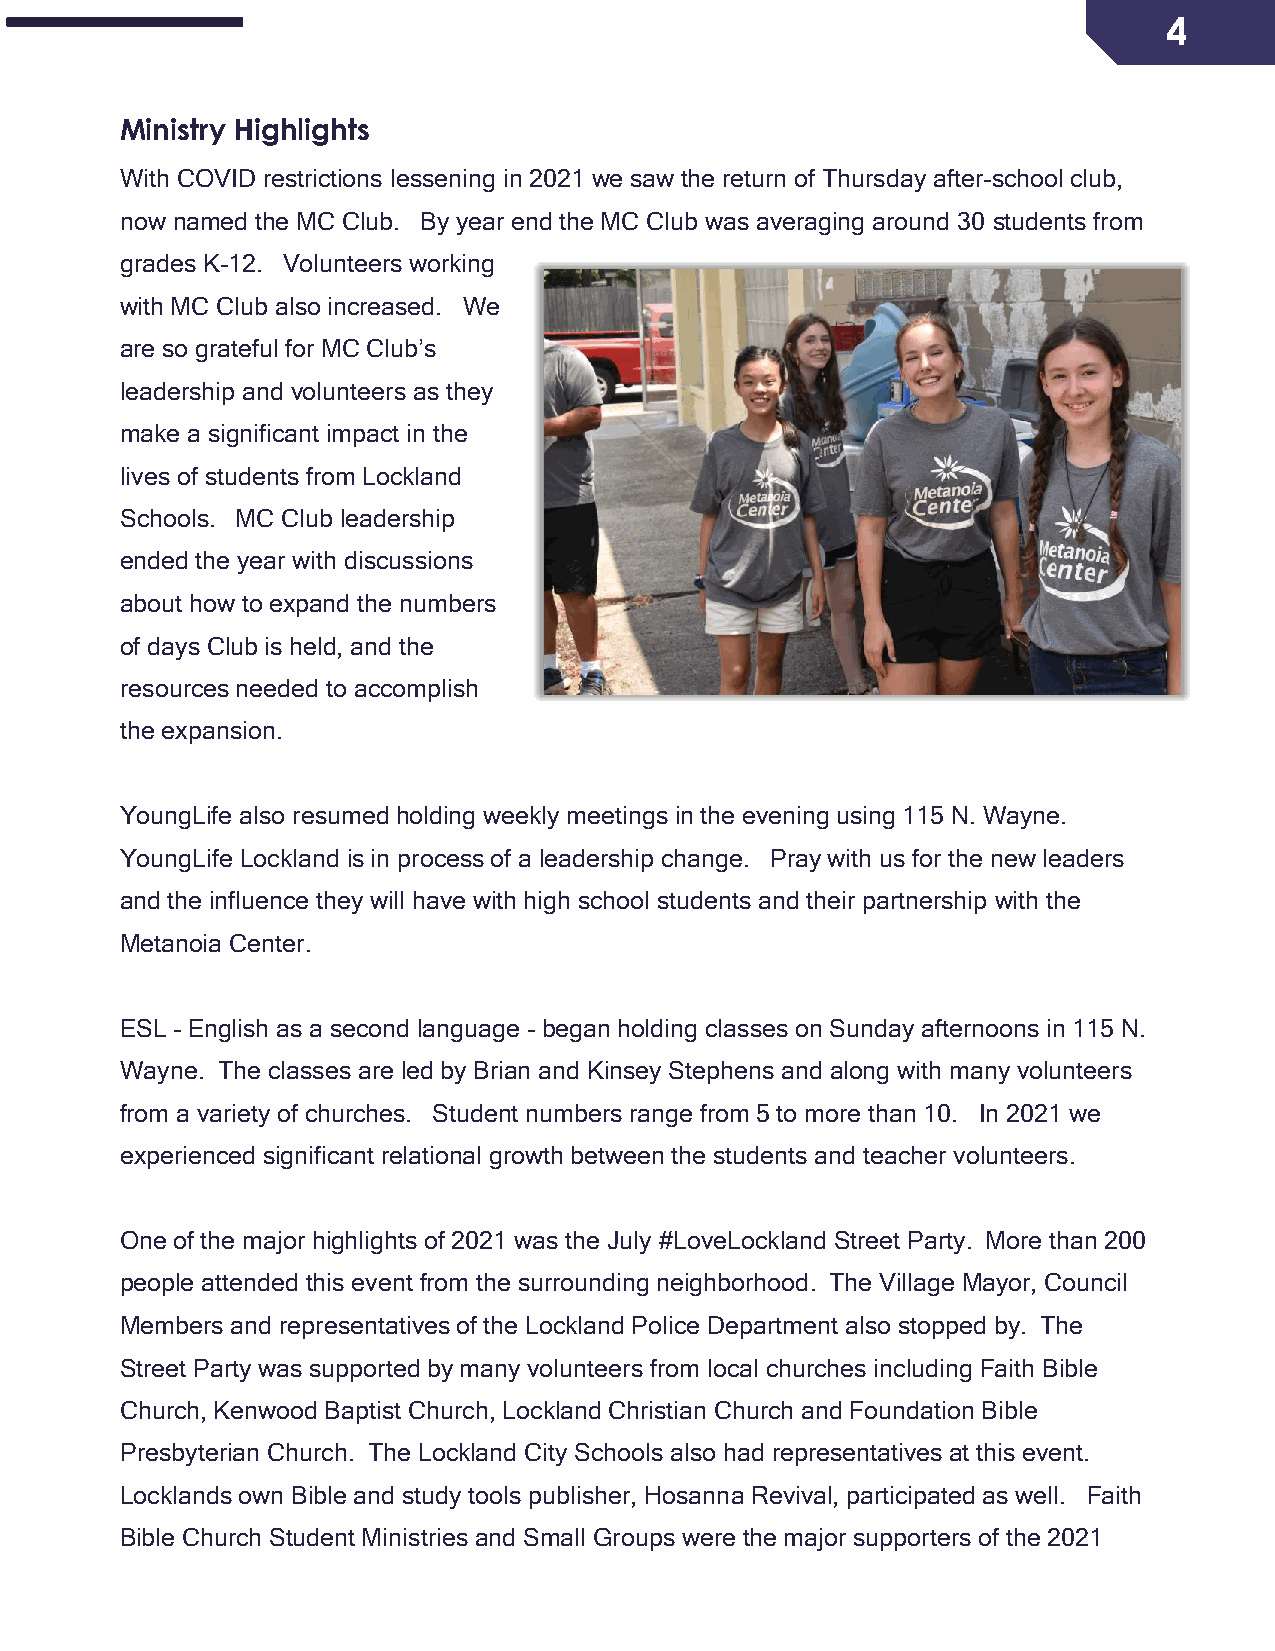
4
 Ministry Highlights
 With COVID restrictions lessening in 2021 we saw the return of Thursday after-school club,
 now named the MC Club. By year end the MC Club was averaging around 30 students from
 grades K-12. Volunteers working
 with MC Club also increased. We
 are so grateful for MC Club’s
 leadership and volunteers as they
 make a significant impact in the
 lives of students from Lockland
 Schools. MC Club leadership
 ended the year with discussions
 about how to expand the numbers
 of days Club is held, and the
 resources needed to accomplish
 the expansion.
 YoungLife also resumed holding weekly meetings in the evening using 115 N. Wayne.
 YoungLife Lockland is in process of a leadership change. Pray with us for the new leaders
 and the influence they will have with high school students and their partnership with the
 Metanoia Center.
 ESL – English as a second language – began holding classes on Sunday afternoons in 115 N.
 Wayne. The classes are led by Brian and Kinsey Stephens and along with many volunteers
 from a variety of churches. Student numbers range from 5 to more than 10. In 2021 we
 experienced significant relational growth between the students and teacher volunteers.
 One of the major highlights of 2021 was the July #LoveLockland Street Party. More than 200
 people attended this event from the surrounding neighborhood. The Village Mayor, Council
 Members and representatives of the Lockland Police Department also stopped by. The
 Street Party was supported by many volunteers from local churches including Faith Bible
 Church, Kenwood Baptist Church, Lockland Christian Church and Foundation Bible
 Presbyterian Church. The Lockland City Schools also had representatives at this event.
 Locklands own Bible and study tools publisher, Hosanna Revival, participated as well. Faith
 Bible Church Student Ministries and Small Groups were the major supporters of the 2021